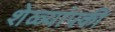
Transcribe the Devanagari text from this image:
शेळ्यांपकी